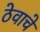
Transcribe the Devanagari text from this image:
ठेवाचे